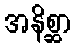
အနိစ္ဆာ